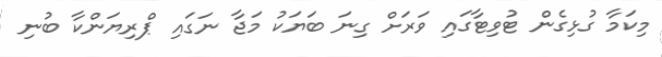
މިކަމާ ގުޅިގެން ޓުވިޓާގައި ވަރަށް ގިނަ ބަޔަކު މަޖާ ނަގައި ޕްރިޔަންކާ ބުނި